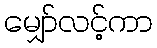
မျှော်လင့်ကာ